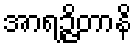
အာရဉ္ဇိတာနိ